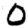
Digit: 0